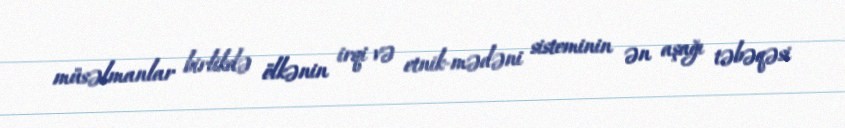
müsəlmanlar birlikdə ölkənin irqi və etnik-mədəni sisteminin ən aşağı təbəqəsi